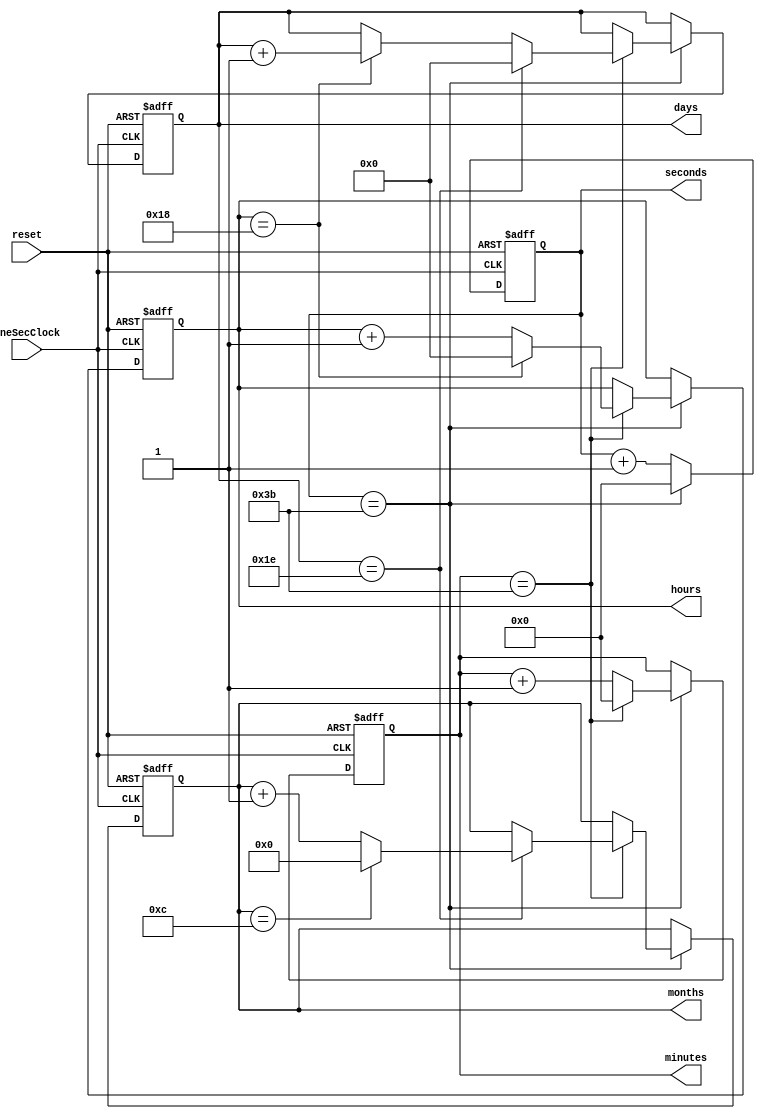

module Digital_Clock(
    OneSecClock,                    //Clock with 1 Hz frequency
    reset,    
      minutes , seconds,hours,months,days
    );


    input  OneSecClock ;  
    input reset;
    output reg[5:0] seconds,minutes;
    output reg [4:0] hours;
    output reg[3:0] months;
     output reg [4:0] days;
        


   
    always @(posedge( OneSecClock) or posedge(reset))
    begin
        if(reset == 1'b1) begin  //check for active high reset.
            //reset the time.
            seconds <= 4'b0;
            
            minutes <= 4'b0;
         
            hours   <= 4'b0; 
      
            days    <=4'b0;
           
            months  <=4'b0;
             end
        else if( OneSecClock == 1'b1) begin  //at the beginning of each second
            seconds <= seconds + 1; // unit sec counter
          
            if(seconds == 59) begin
                seconds <= 0;  //reset sec counter
                minutes <= minutes+1; //minutes ount
               
                if(minutes == 59) begin //check for max value of minutes
                   minutes <= 0;  // reset minutes
                    hours <= hours + 1;  //hours counter
                   if(hours ==  24) begin  //check for max value of hours
                        hours <= 0; //reset hours 
                        days <= days+1;end
                      if (days == 30)begin
                         days <= 0;
                         months <= months+1; 
                         if (months == 12)
                           months <=0;
                         end
                        
                    end 
                end
            end     
        end
		  
         

endmodule